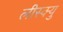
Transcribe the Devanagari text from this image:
लीस्क्यु